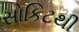
સોકિટથી